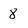
Character: 8